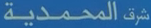
المحمدية